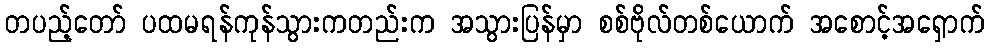
တပည့်တော် ပထမရန်ကုန်သွားကတည်းက အသွားပြန်မှာ စစ်ဗိုလ်တစ်ယောက် အစောင့်အရှောက်